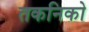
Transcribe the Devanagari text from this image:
तकनिको